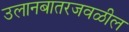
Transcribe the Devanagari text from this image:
उलानबातरजवळील